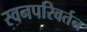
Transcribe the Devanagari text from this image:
स्वनपरिवर्तन